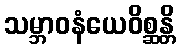
သမ္ဘာဝနံယေဝိစ္ဆန္တိ